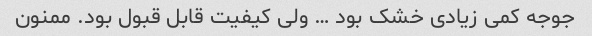
جوجه کمی زیادی خشک بود … ولی کیفیت قابل قبول بود. ممنون